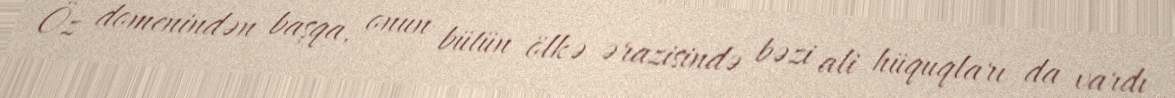
Öz domenindən başqa, onun bütün ölkə ərazisində bəzi ali hüquqları da vardı